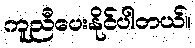
ကူညီပေးနိုင်ပါတယ်။